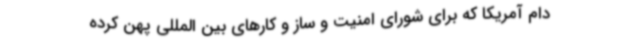
دام آمریکا که برای شورای امنیت و ساز و کارهای بین المللی پهن کرده